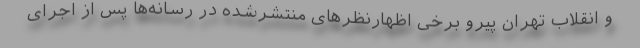
و انقلاب تهران پیرو برخی اظهارنظرهای منتشرشده در رسانه‌ها پس از اجرای